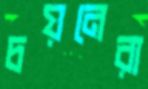
চয়নেরা